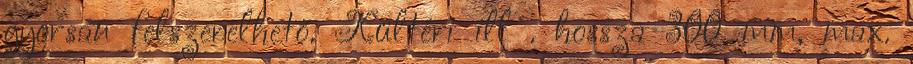
gyorsan felszerelhető. Kültéri ill . hossza 300 mm, max.